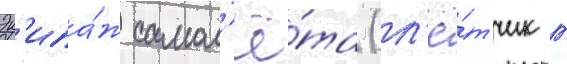
Эк'ипа́ж самол'ё́та (л'ё́тчик г